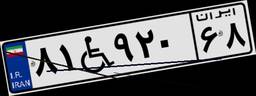
۴۱W۶۷۷۶۰